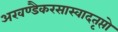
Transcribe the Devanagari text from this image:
अखण्डैकरसास्वादतृप्तो